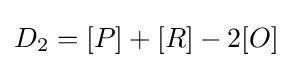
D_{2}=[P]+[R]-2[O]